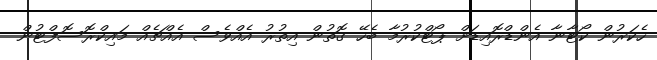
ހެކަރުން ކޯޓާނާ އެންޑްރޮއިޑަށް ޕޯޓްކުރުމާ ބެހޭ ގޮތުން އިތުރު އެއްވެސް އެއްޗެއް މައިކްރޮސޮފްޓުން